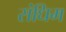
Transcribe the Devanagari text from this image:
संधिम